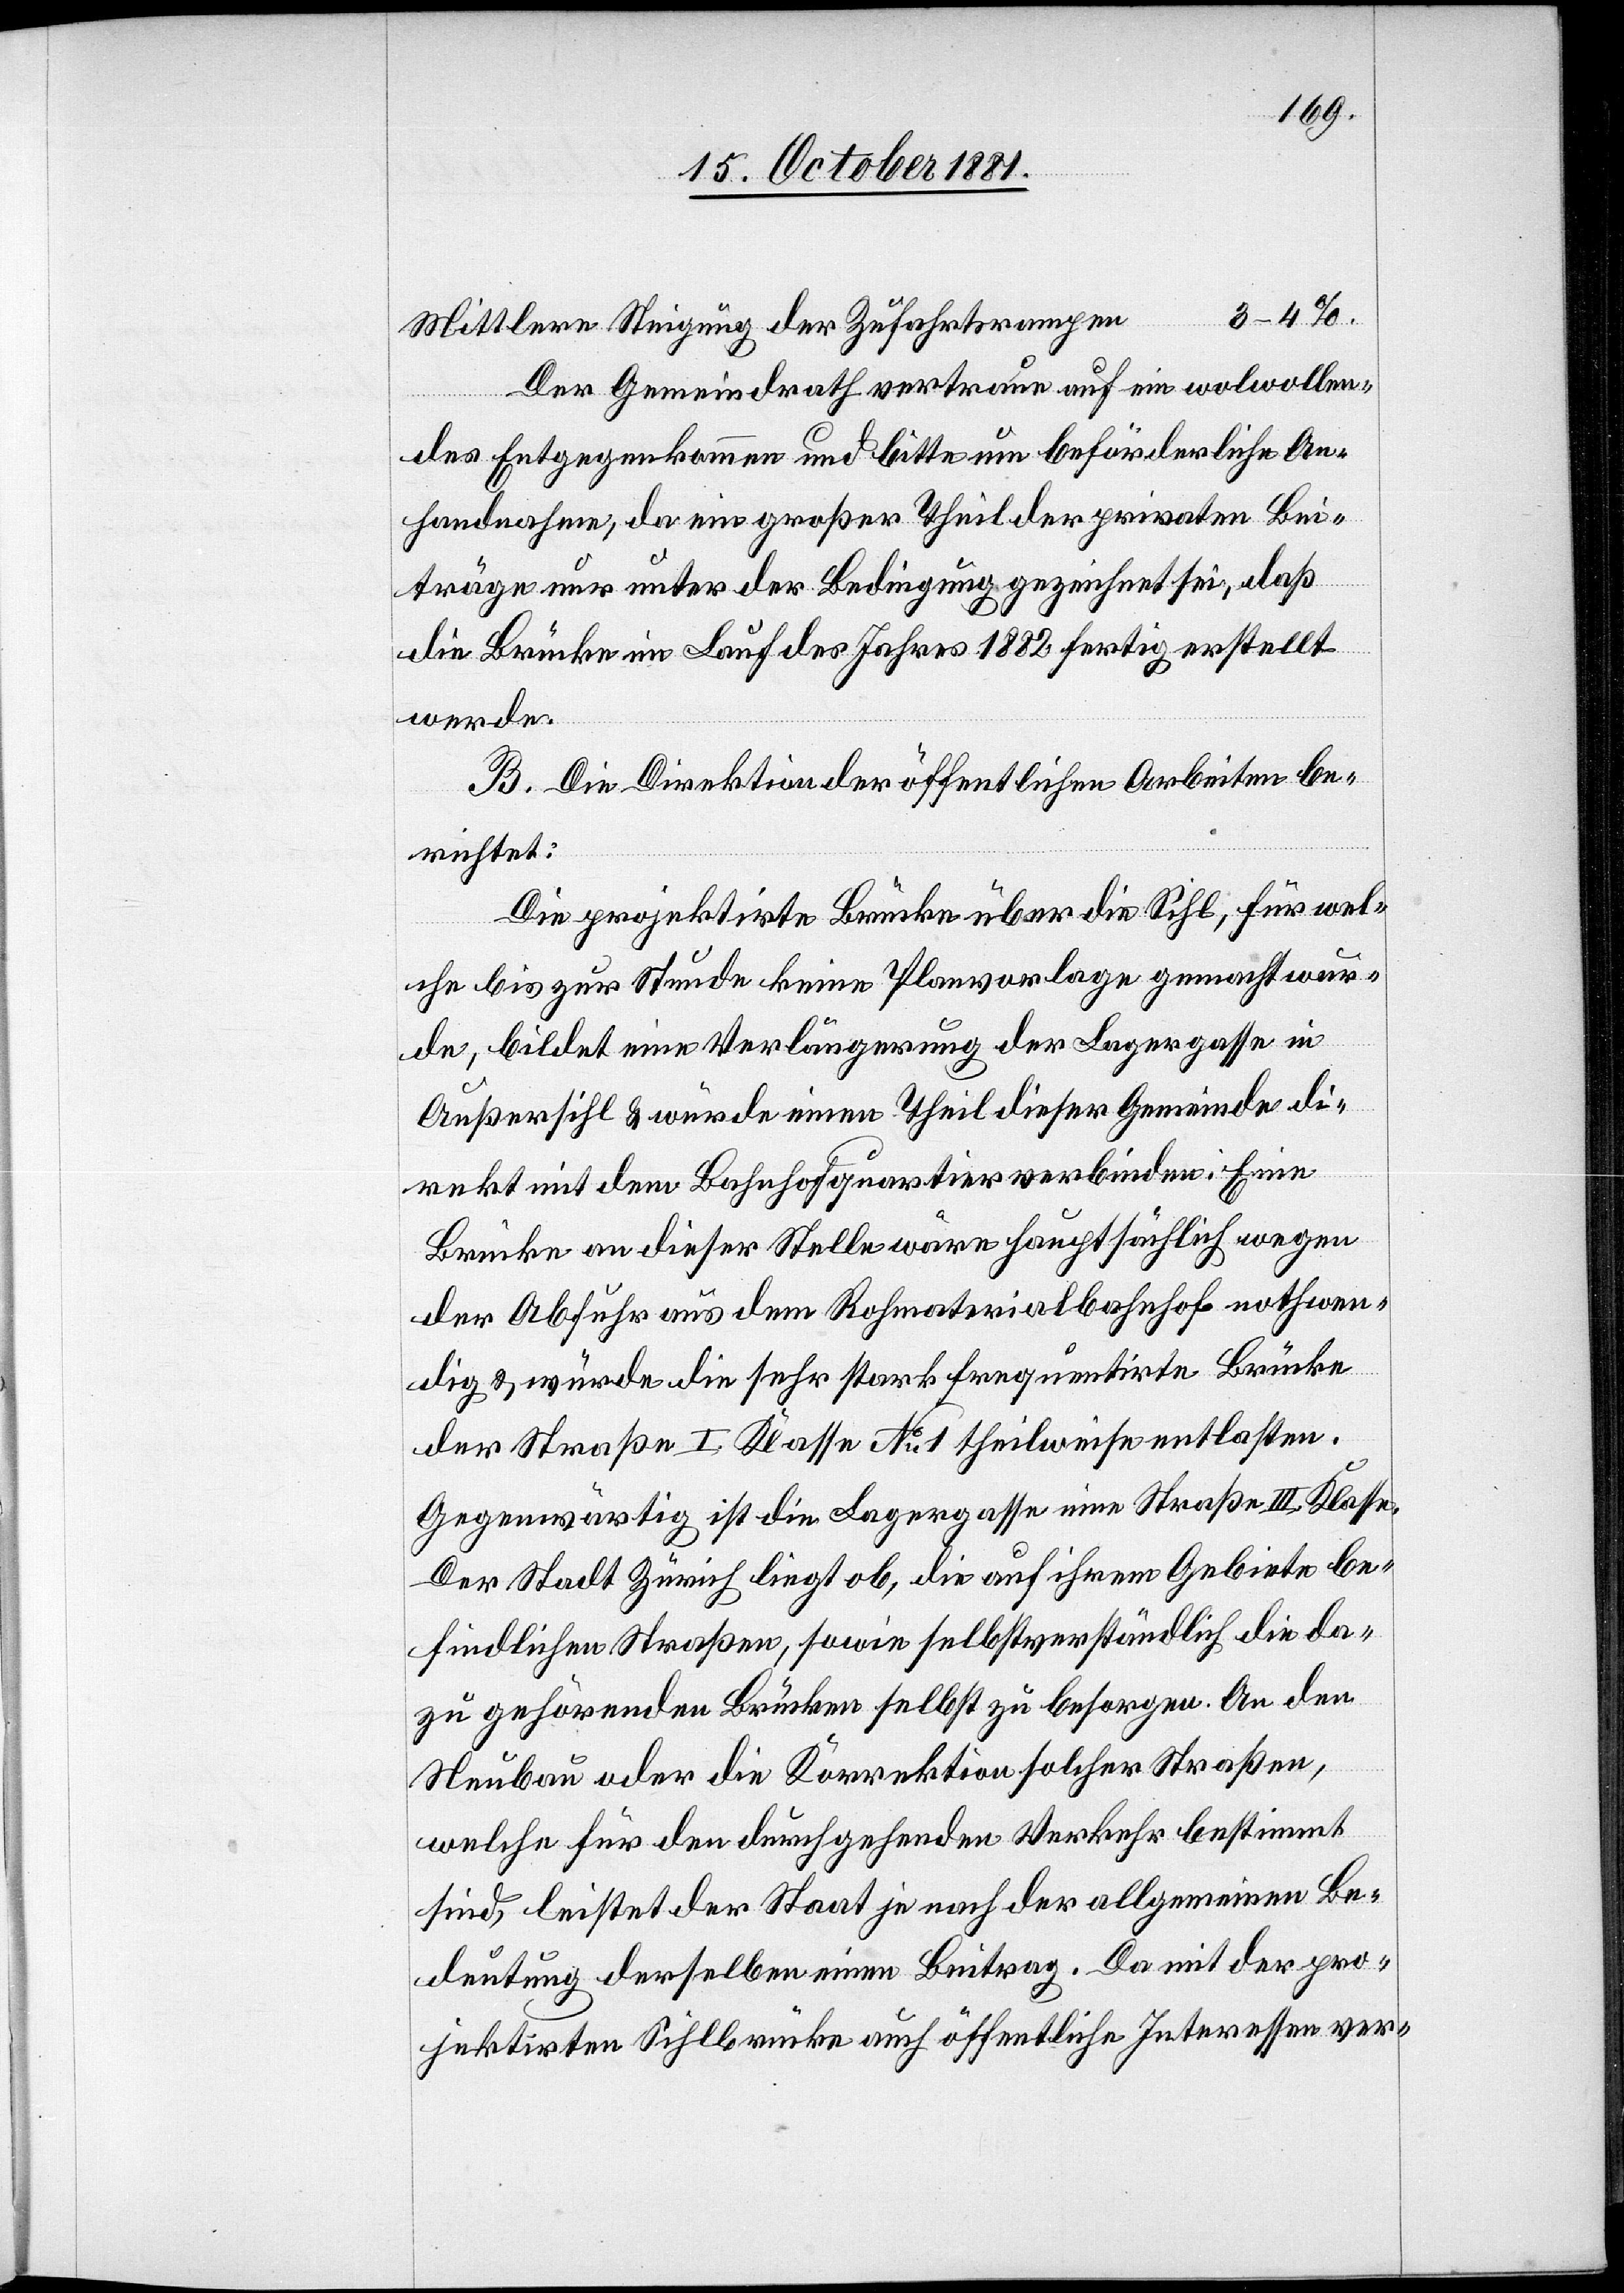
Mittlere Steigung der Zufahrtsrampen
Der Gemeindrath vertraue auf ein wolwollen¬
des Entgegenkommen und bitte um beförderliche An¬
handnahme, da ein großer Theil der privaten Bei¬
träge nur unter der Bedingung gezeichnet sei, daß
die Brücke im Lauf des Jahres 1882 fertig erstellt
werde.
B. Die Direktion der öffentlichen Arbeiten be¬
richtet:
Die projektirte Brücke über die Sihl, für wel¬
che bis zur Stunde keine Planvorlage gemacht wur¬
de, bildet eine Verlängerung der Lagergasse in
Außersihl & würde einen Theil dieser Gemeinde di¬
rekt mit dem Bahnhofquartier verbinden. Eine
Brücke an dieser Stelle wäre hauptsächlich wegen
der Abfuhr aus dem Rohmaterialbahnhof nothwen¬
dig & würde die sehr stark frequentirte Brücke
der Straße I. Klasse No 1 theilweise entlasten.
Gegenwärtig ist die Lagergasse eine Straße III. Klasse.
Der Stadt Zürich liegt ob, die auf ihrem Gebiete be¬
findlichen Straßen, sowie selbstverständlich die da¬
zu gehörenden Brücken selbst zu besorgen. An den
Neubau oder die Korrektion solcher Straßen,
welche für den durchgehenden Verkehr bestimmt
sind, leistet der Staat je nach der allgemeinen Be¬
deutung derselben einen Beitrag. Da mit der pro¬
jektirten Sihlbrücke auch öffentliche Interessen ver-